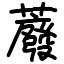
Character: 䕠